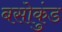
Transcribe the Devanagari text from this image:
बसोकुंड